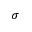
\sigma